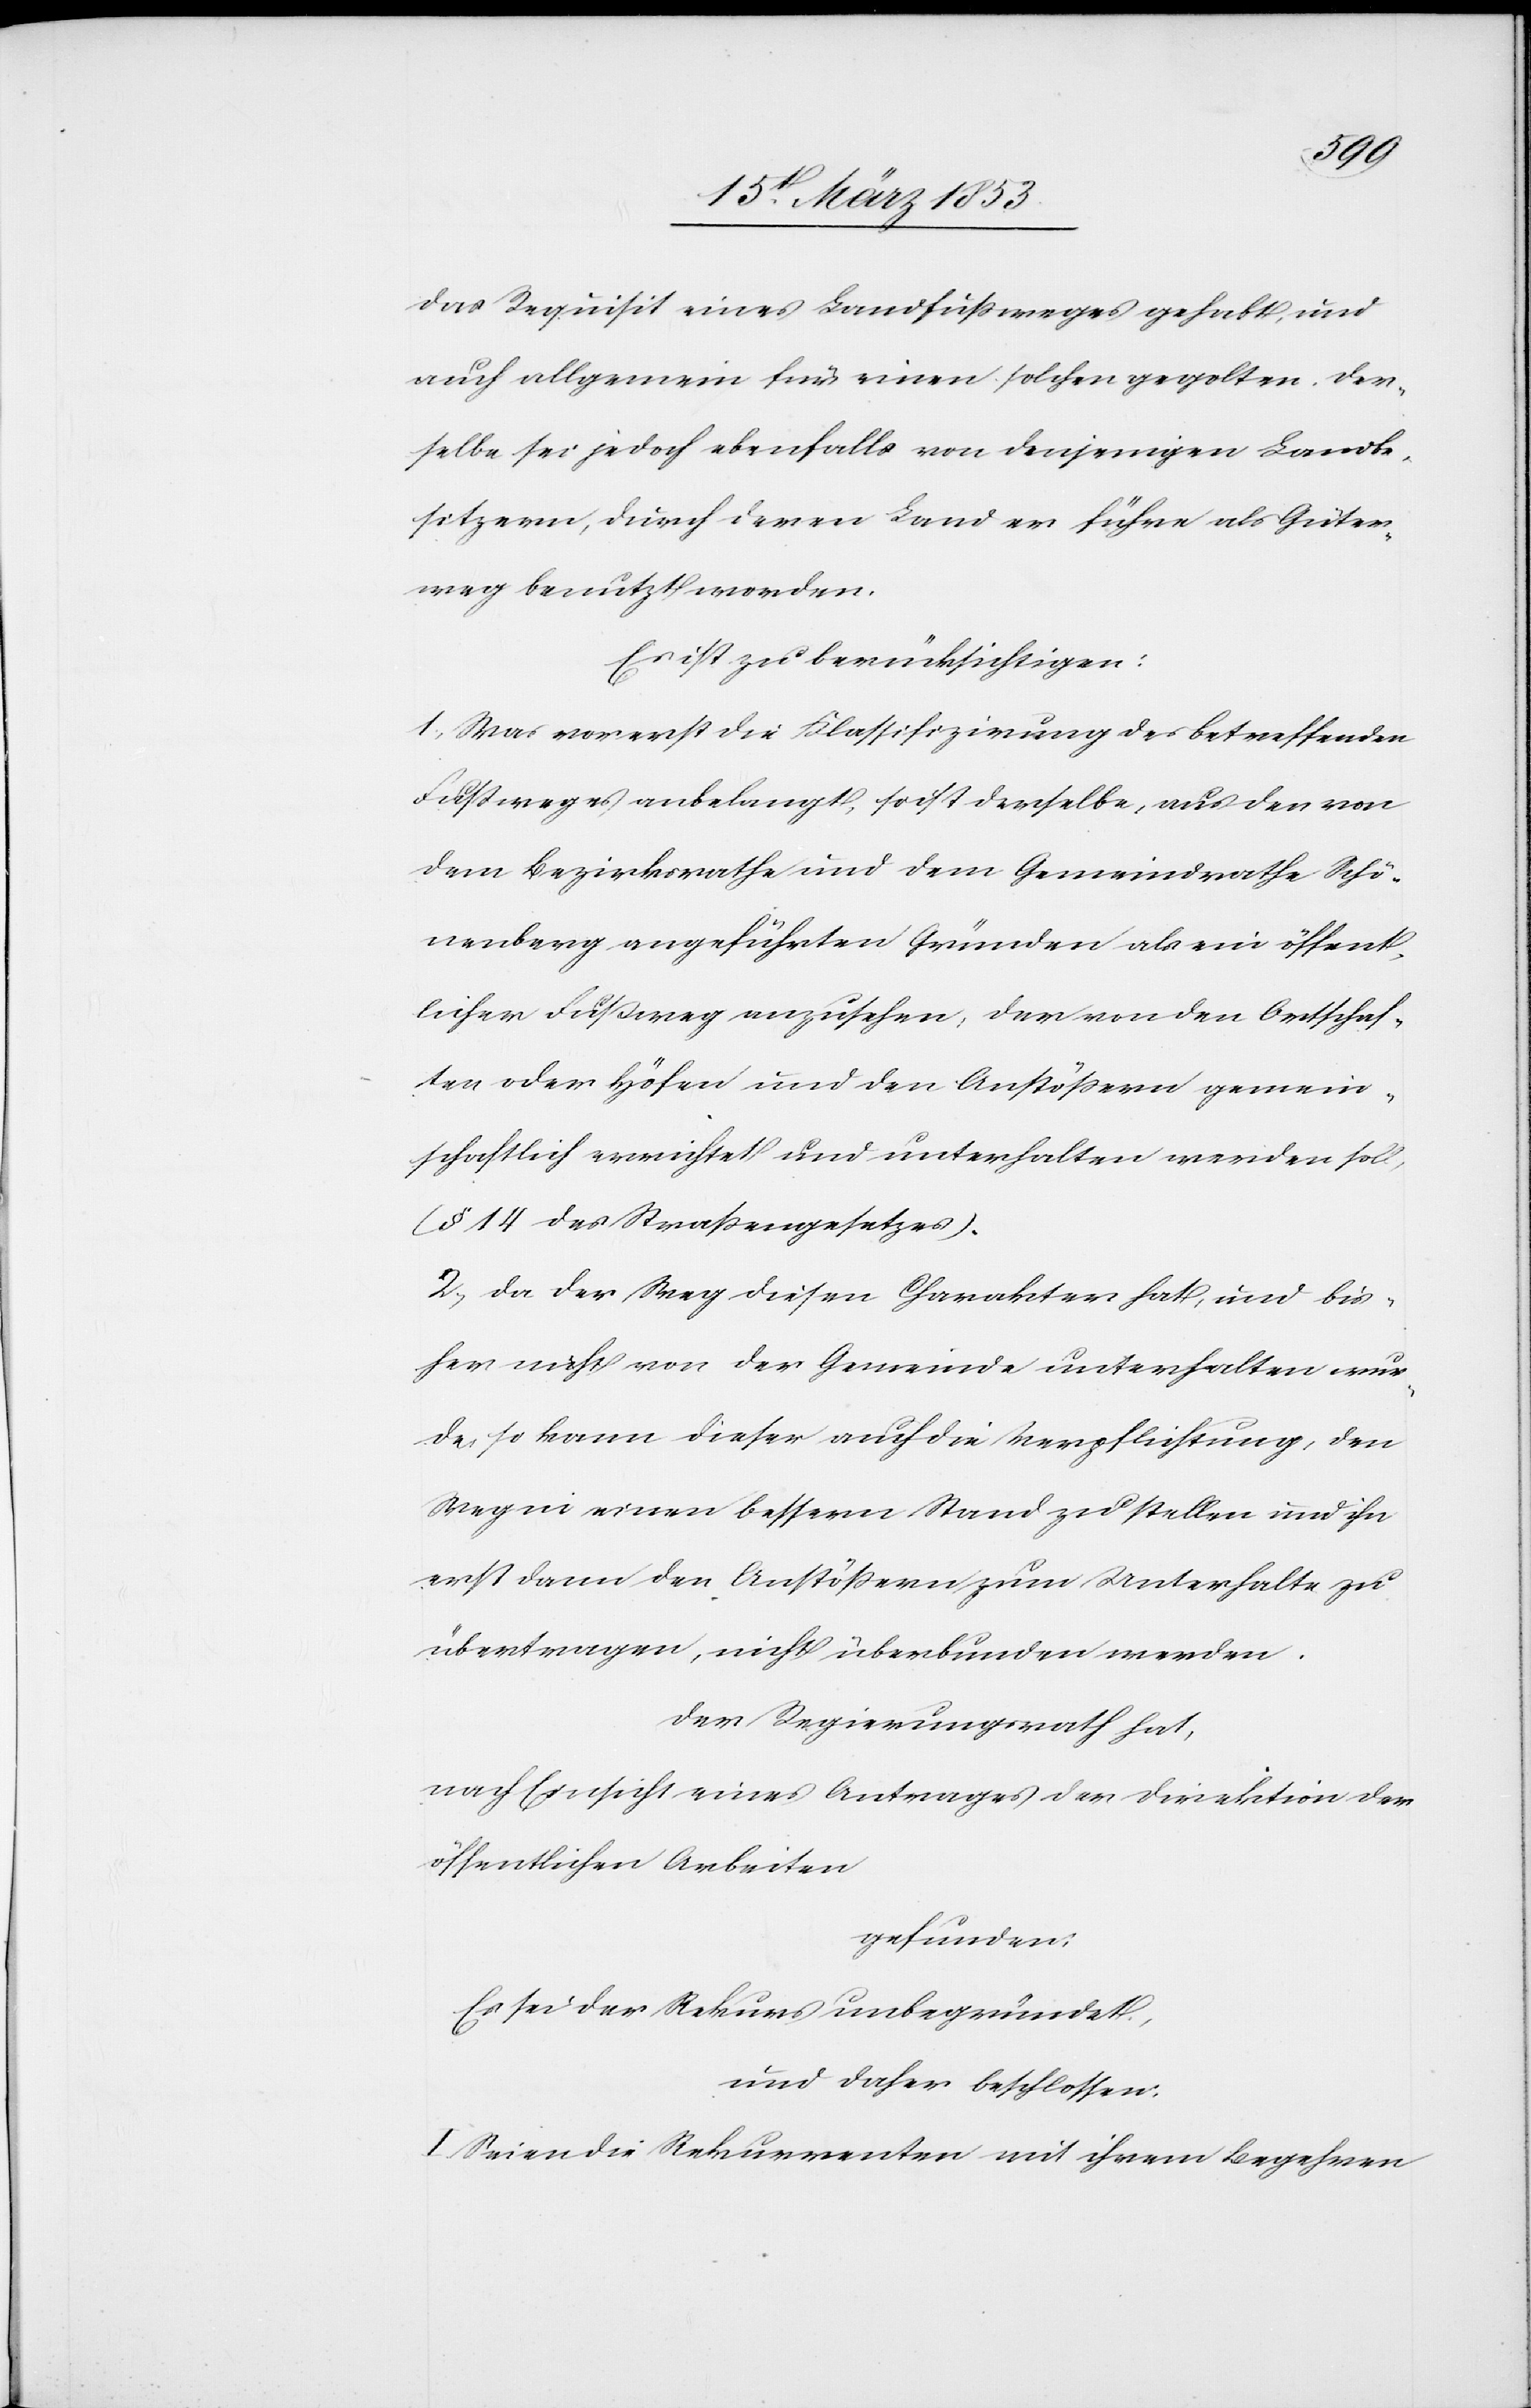
das Requisit eines Landfußweges gehabt, und
auch allgemein für einen solchen gegolten. Der¬
selbe sei jedoch ebenfalls von denjenigen Landbe¬
sitzern, durch deren Land er führe als Güter¬
weg benutzt worden.
Es ist zu berücksichtigen:
1, Was vorerst die Klassifizirung des betreffenden
Fußweges anbelangt, so ist derselbe, aus den von
dem Bezirksrathe und dem Gemeindrathe Schö¬
nenberg angeführten Gründen als ein öffent¬
licher Fußweg anzusehen, der von den Ortschaf¬
ten oder Höfen und den Anstößern gemein¬
schaftlich errichtet und unterhalten werden soll,
(§ 14 des Straßengesetzes).
2, Da der Weg diesen Charakter hat, und bis¬
her nicht von der Gemeinde unterhalten wur¬
de, so kann dieser auch die Verpflichtung, den
Weg in einen bessern Stand zu stellen und ihn
erst dann den Anstößern zum Unterhalte zu
übertragen, nicht überbunden werden.
Der Regierungsrath hat,
nach Einsicht eines Antrages der Direktion der
gefunden:
Es sei der Rekurs unbegründet,
und daher beschlossen:
I. Seien die Rekurrenten mit ihrem Begehren